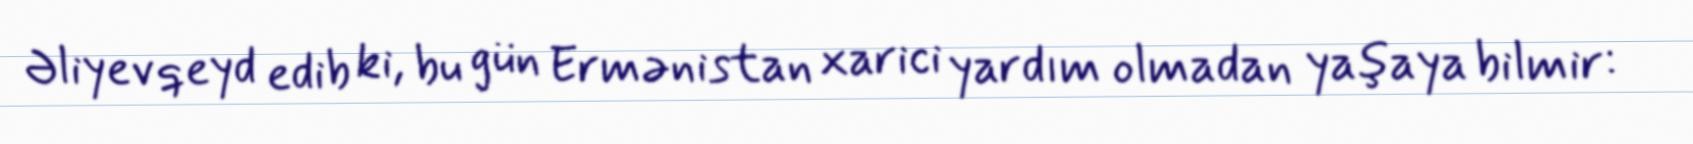
Əliyev qeyd edib ki, bu gün Ermənistan xarici yardım olmadan yaşaya bilmir: